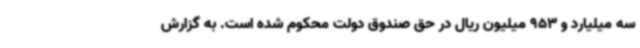
سه میلیارد و 953 میلیون ریال در حق صندوق دولت محکوم شده است. به گزارش